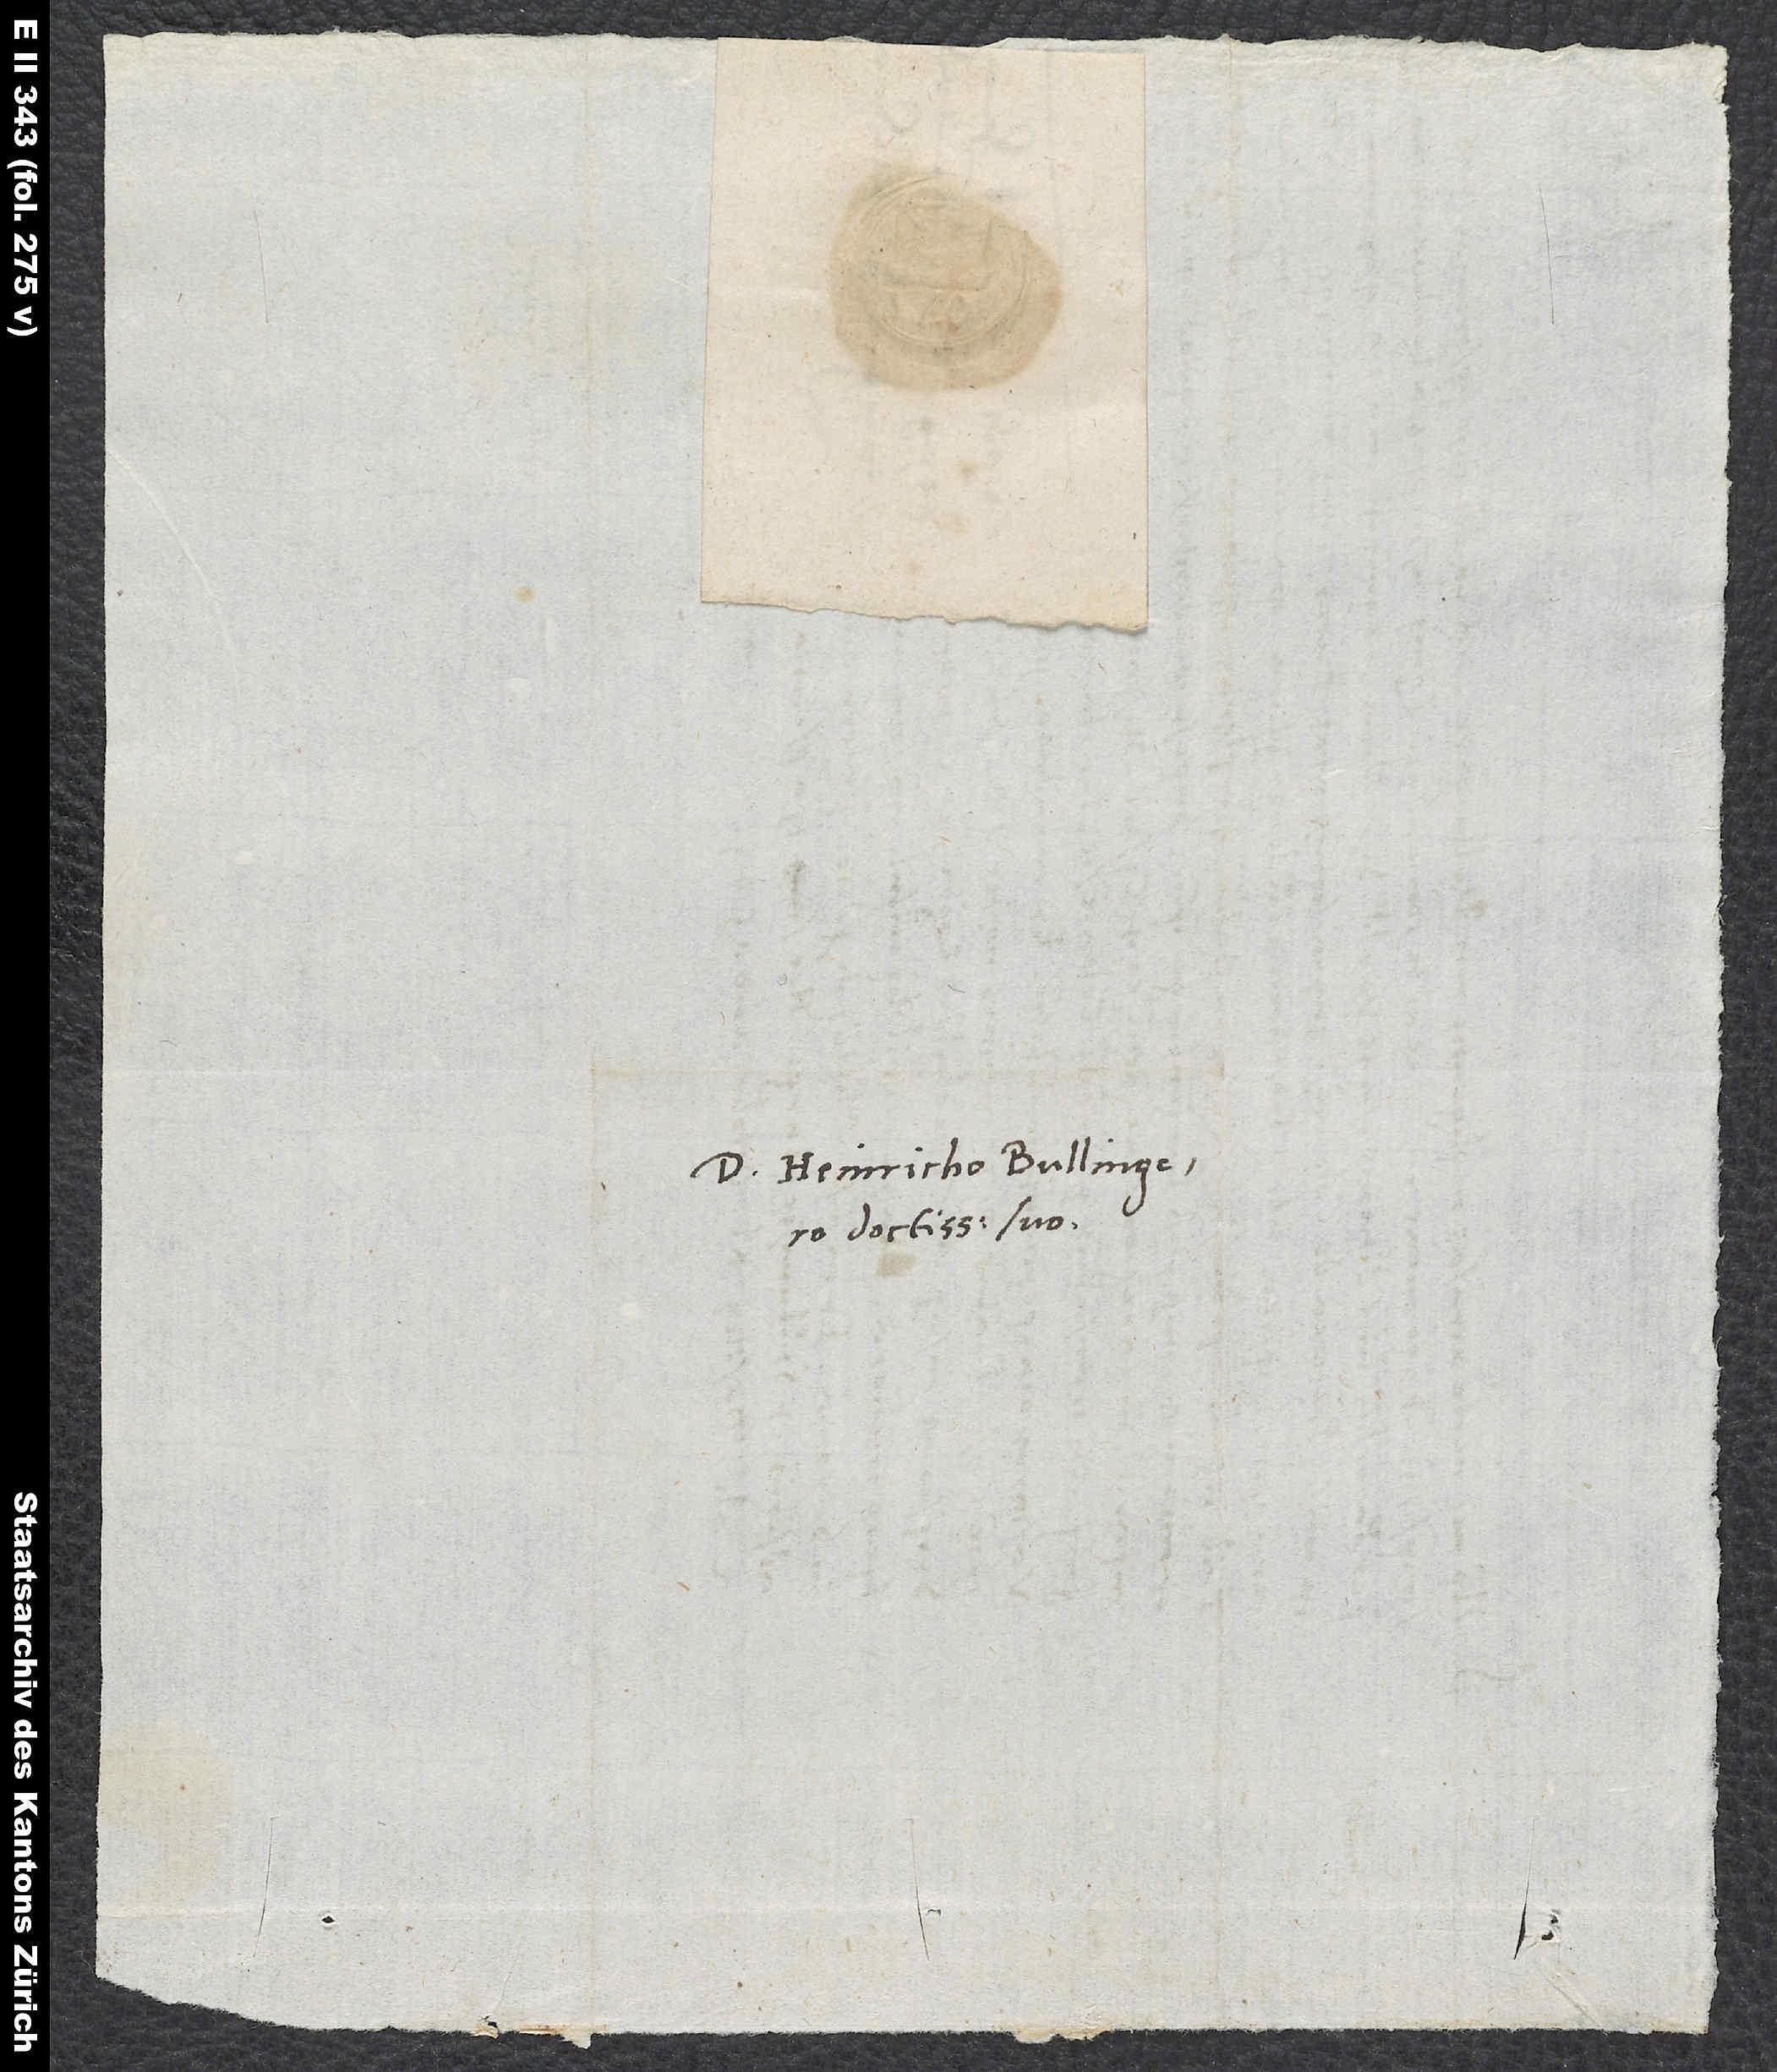
D. Heinricho Bullingero
doctissimo suo.

S.